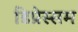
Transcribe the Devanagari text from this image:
डिप्रेस्सम